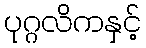
ပုဂ္ဂလိကနှင့်